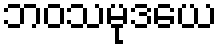
ဘဝသမုဒယေ